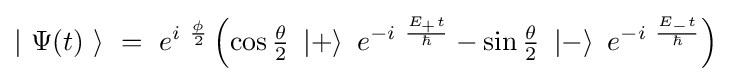
\left|\ \Psi (t)\ \right\rangle \ =\ e^{i\ {\frac {\phi }{2}}}\left(\cos {\tfrac {\theta }{2}}\ \left|+\right\rangle \ e^{-i\ {\frac {E_{+}t}{\hbar }}}-\sin {\tfrac {\theta }{2}}\ \left|-\right\rangle \ e^{-i\ {\frac {E_{-}t}{\hbar }}}\right)